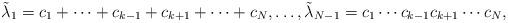
LaTeX: \begin{align*}\tilde\lambda_1=c_1+\cdots+c_{k-1}+c_{k+1}+\cdots+c_N,\dots,\tilde\lambda_{N-1}=c_1\cdots c_{k-1}c_{k+1}\cdots c_N,\end{align*}